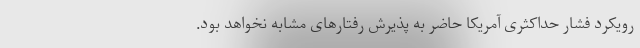
رویکرد فشار حداکثری آمریکا حاضر به پذیرش رفتارهای مشابه نخواهد بود.